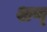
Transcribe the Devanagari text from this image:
शण्